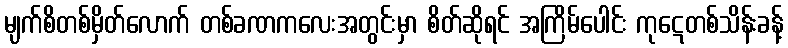
မျက်စိတစ်မှိတ်လောက် တစ်ခဏကလေးအတွင်းမှာ စိတ်ဆိုရင် အကြိမ်ပေါင်း ကုဋေတစ်သိန်းခန့်